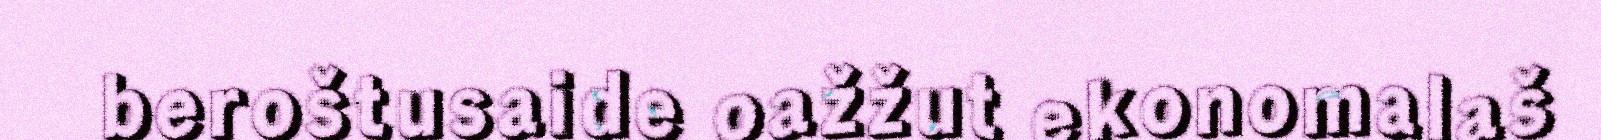
beroštusaide oažžut ekonomalaš